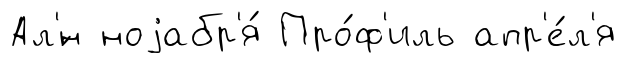
Ал'́н ноjабр'я́ Про́ф'иль апр'е́л'я